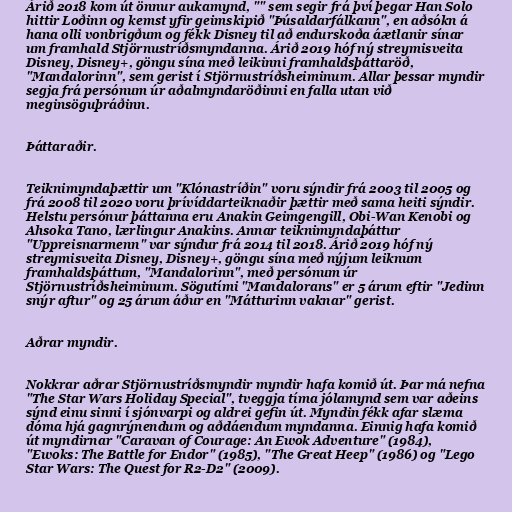
Árið 2018 kom út önnur aukamynd, "" sem segir frá því þegar Han Solo
hittir Loðinn og kemst yfir geimskipið "Þúsaldarfálkann", en aðsókn á
hana olli vonbrigðum og fékk Disney til að endurskoða áætlanir sínar
um framhald Stjörnustríðsmyndanna. Árið 2019 hóf ný streymisveita
Disney, Disney+, göngu sína með leikinni framhaldsþáttaröð,
"Mandalorinn", sem gerist í Stjörnustríðsheiminum. Allar þessar myndir
segja frá persónum úr aðalmyndaröðinni en falla utan við
meginsöguþráðinn.

Þáttaraðir.

Teiknimyndaþættir um "Klónastríðin" voru sýndir frá 2003 til 2005 og
frá 2008 til 2020 voru þrívíddarteiknaðir þættir með sama heiti sýndir.
Helstu persónur þáttanna eru Anakin Geimgengill, Obi-Wan Kenobi og
Ahsoka Tano, lærlingur Anakins. Annar teiknimyndaþáttur
"Uppreisnarmenn" var sýndur frá 2014 til 2018. Árið 2019 hóf ný
streymisveita Disney, Disney+, göngu sína með nýjum leiknum
framhaldsþáttum, "Mandalorinn", með persónum úr
Stjörnustríðsheiminum. Sögutími "Mandalorans" er 5 árum eftir "Jedinn
snýr aftur" og 25 árum áður en "Mátturinn vaknar" gerist.

Aðrar myndir.

Nokkrar aðrar Stjörnustríðsmyndir myndir hafa komið út. Þar má nefna
"The Star Wars Holiday Special", tveggja tíma jólamynd sem var aðeins
sýnd einu sinni í sjónvarpi og aldrei gefin út. Myndin fékk afar slæma
dóma hjá gagnrýnendum og aðdáendum myndanna. Einnig hafa komið
út myndirnar "Caravan of Courage: An Ewok Adventure" (1984),
"Ewoks: The Battle for Endor" (1985), "The Great Heep" (1986) og "Lego
Star Wars: The Quest for R2-D2" (2009).